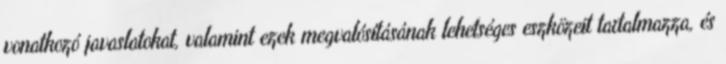
vonatkozó javaslatokat, valamint ezek megvalósításának lehetséges eszközeit tartalmazza, és